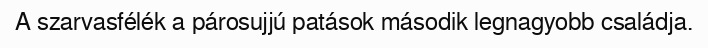
A szarvasfélék a párosujjú patások második legnagyobb családja.